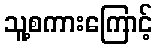
သူ့စကားကြောင့်